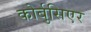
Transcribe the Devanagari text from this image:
कोर्बुसिएर